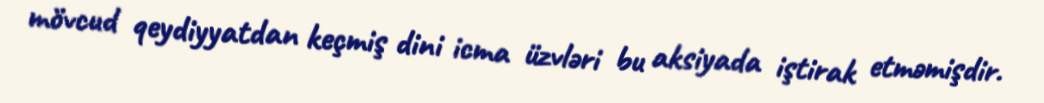
mövcud qeydiyyatdan keçmiş dini icma üzvləri bu aksiyada iştirak etməmişdir.